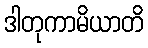
ဒါတုကာမိယာတိ